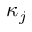
\kappa _ { j }